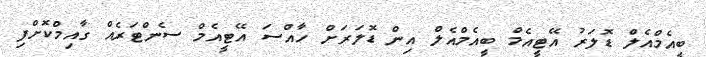
ބީއެމްއެލް ޑޮލަރު އޭޓީއެމް ބީއެމްއެލް އިން ޑޮލަރަށް ހާއްސަ އޭޓީއެމް ސެންޓަރެއް ގާއިމްކޮށްފި